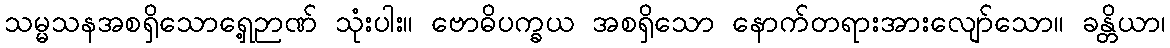
သမ္မသနအစရှိသောရှေ့ဉာဏ် သုံးပါး။ ဗောဓိပက္ခယ အစရှိသော နောက်တရားအားလျော်သော။ ခန္တိယာ၊